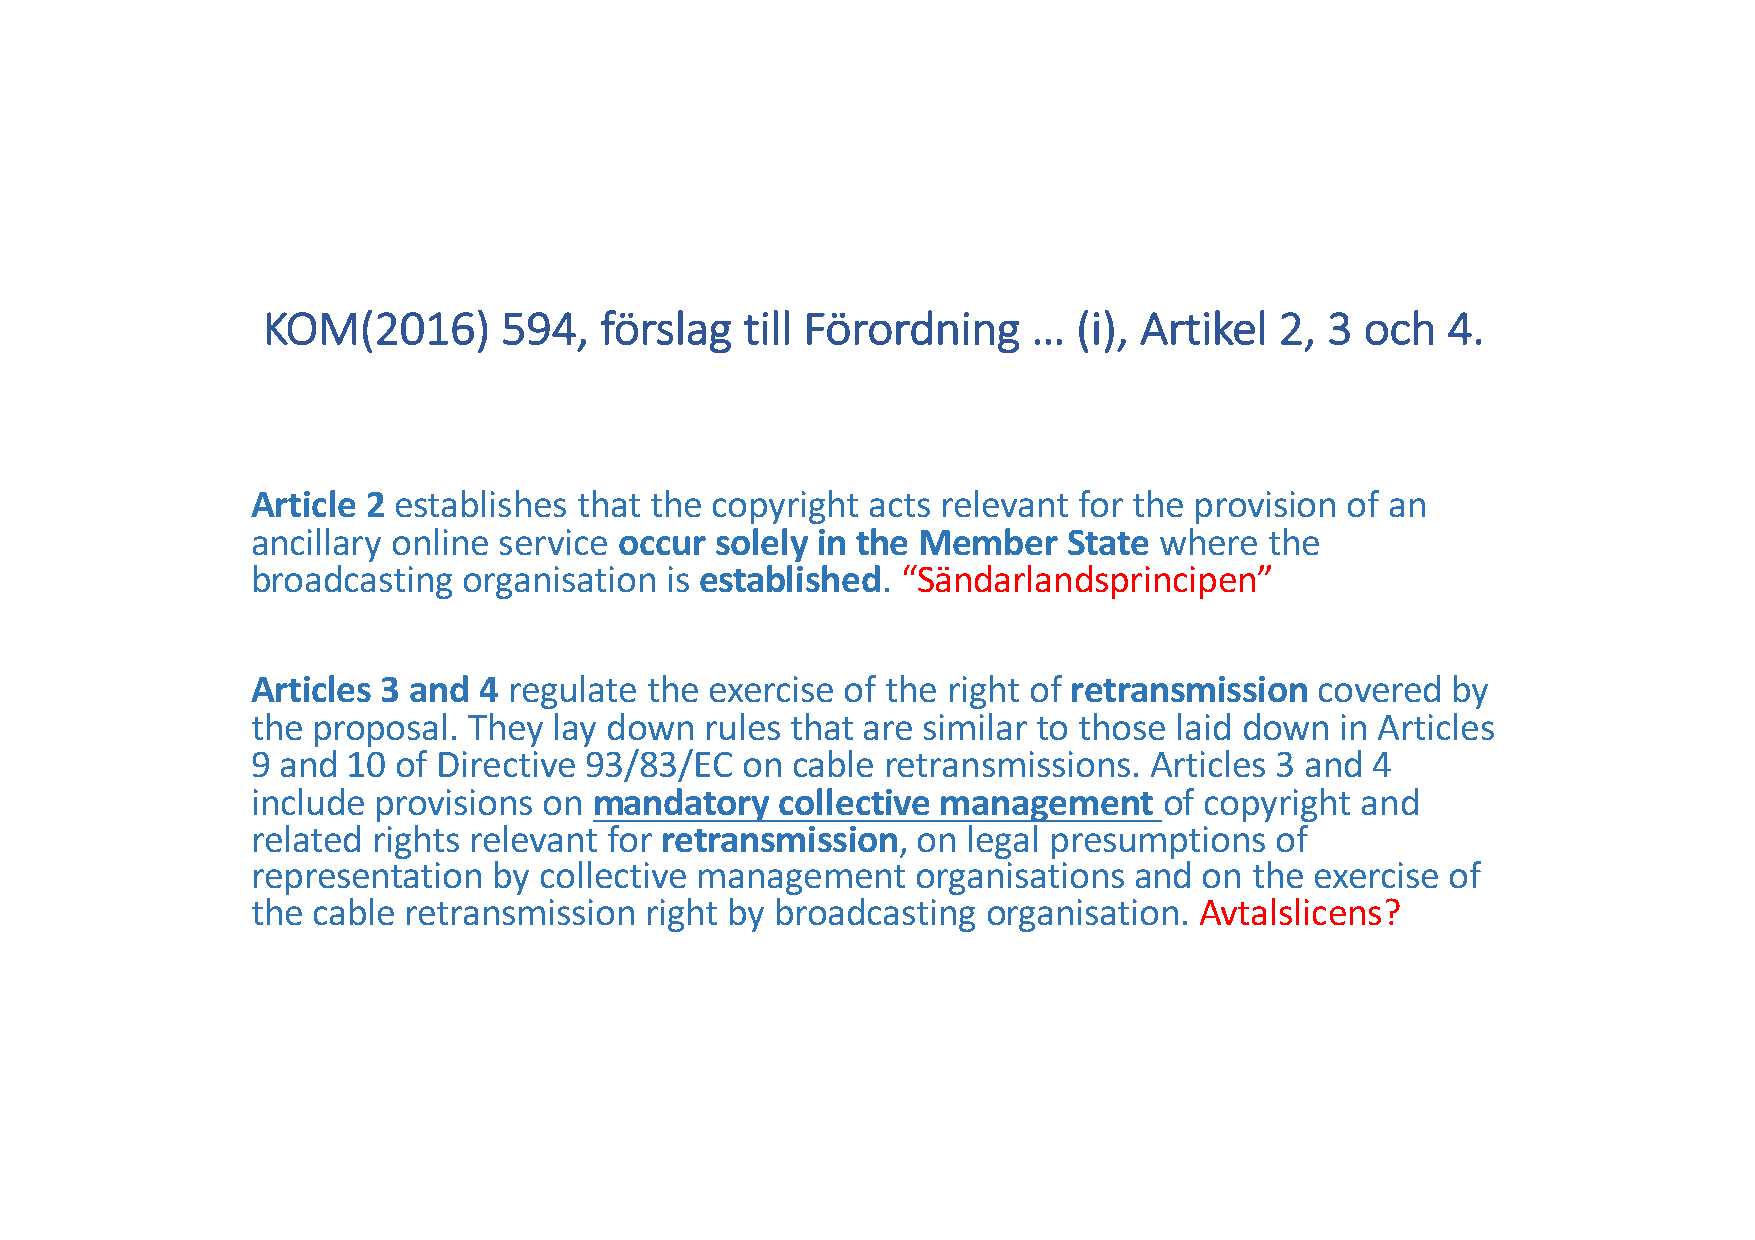
KOM(2016)       594,   förslag  till Förordning    …  (i), Artikel  2, 3 och   4.
 Article 2 establishes that the copyright acts relevant for the provision of an
 ancillary online service occur solely in the Member   State where  the
 broadcasting  organisation is established. “Sändarlandsprincipen”
 Articles 3 and 4 regulate the exercise of the right of retransmission covered  by
 the proposal. They  lay down  rules that are similar to those laid down in Articles
 9 and 10 of Directive 93/83/EC  on cable retransmissions.  Articles 3 and 4
 include provisions on mandatory    collective management    of copyright and
 related rights relevant for retransmission, on legal presumptions  of
 representation  by collective management    organisations and  on the exercise of
 the cable retransmission  right by broadcasting organisation. Avtalslicens?